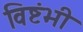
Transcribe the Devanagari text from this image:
विष्टंभी